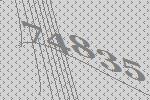
74835